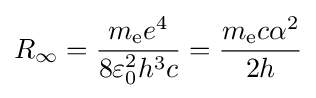
R_{\infty }={\frac {m_{\text{e}}e^{4}}{8\varepsilon _{0}^{2}h^{3}c}}={\frac {m_{\text{e}}c\alpha ^{2}}{2h}}